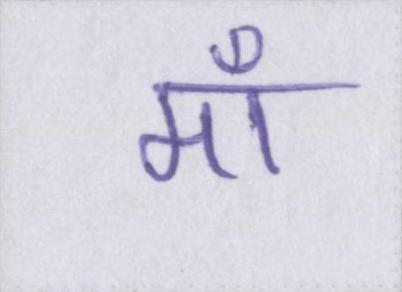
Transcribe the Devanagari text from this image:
माँ